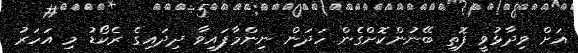
އަށް ވިދާޅުވީ ފޮތި ބޭނުންކޮށްގެން ހަދަން ނިންމާފައިވާ ދިދައިގެ ރެކޯޑު މި އަހަރު